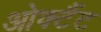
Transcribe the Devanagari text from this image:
ओक्टैंट